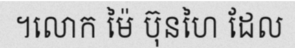
។លោក ម៉ៃ ប៊ុនហៃ ដែល